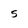
Character: 5